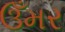
ઉઁમર